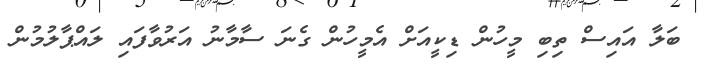
ބަލާ އައިސް ތިބި މީހުން ޑިކީއަށް އެމީހުން ގެނަ ސާމާނު އަރުވާފައި ލައްޕާލުމުން